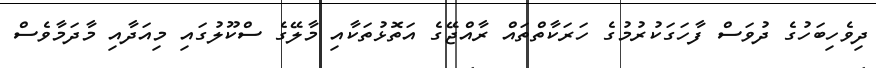
ދިވެހިބަހުގެ ދުވަސް ފާހަގަކުރުމުގެ ހަރަކާތްތައް ރާއްޖޭގެ އަތޮޅުތަކާއި މާލޭގެ ސްކޫލުގައި މިއަދާއި މާދަމާވެސް